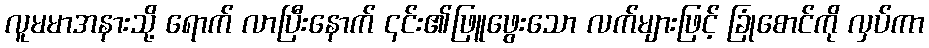
လူမမာအနားသို့ ရောက် လာပြီးနောက် ၎င်း၏ဖြူဖွေးသော လက်များဖြင့် ခြုံစောင်ကို လှပ်ကာ